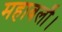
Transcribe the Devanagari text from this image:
महाबलौ।